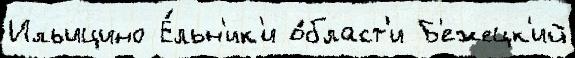
Ильицино Е́льн'ик'и о́бласт'и Б'ежецк'ий